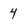
Character: 4